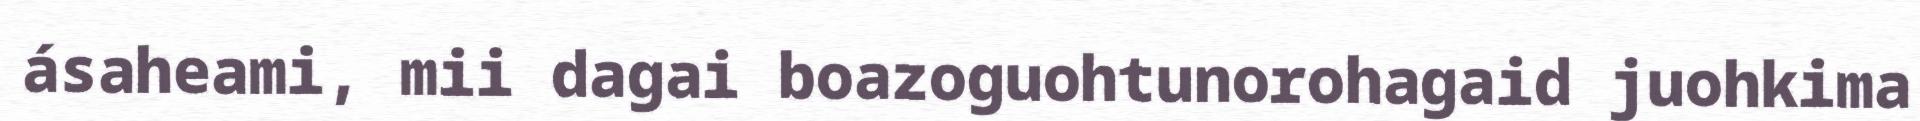
ásaheami, mii dagai boazoguohtunorohagaid juohkima